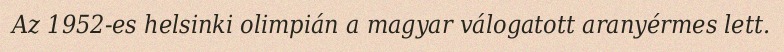
Az 1952-es helsinki olimpián a magyar válogatott aranyérmes lett.